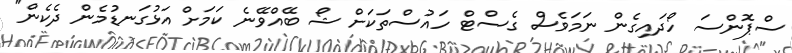
ސްޕޮންސަ ހޯދައިގެން ނަމަވެސް ގެސްޓް ހައުސްތަކަށް ޝޯ ބޭއްވޭނެ ކަމަށް އަޅުގަނޑުމެން ދެކެން"